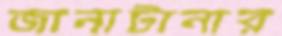
জানাটানার